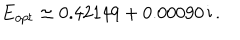
LaTeX: E _ { o p t } \simeq 0 . 4 2 1 4 9 + 0 . 0 0 0 9 0 \, \mathrm { i } \, .